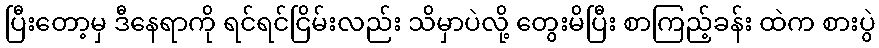
ပြီးတော့မှ ဒီနေရာကို ရင်ရင်ငြိမ်းလည်း သိမှာပဲလို့ တွေးမိပြီး စာကြည့်ခန်း ထဲက စားပွဲ